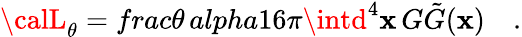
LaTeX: {\calL}_{\theta}=frac{\theta\, alpha}{16\pi}\intd^{4}\mathbf{x}\, G\tilde{{G}}(\mathbf{x})\quad.